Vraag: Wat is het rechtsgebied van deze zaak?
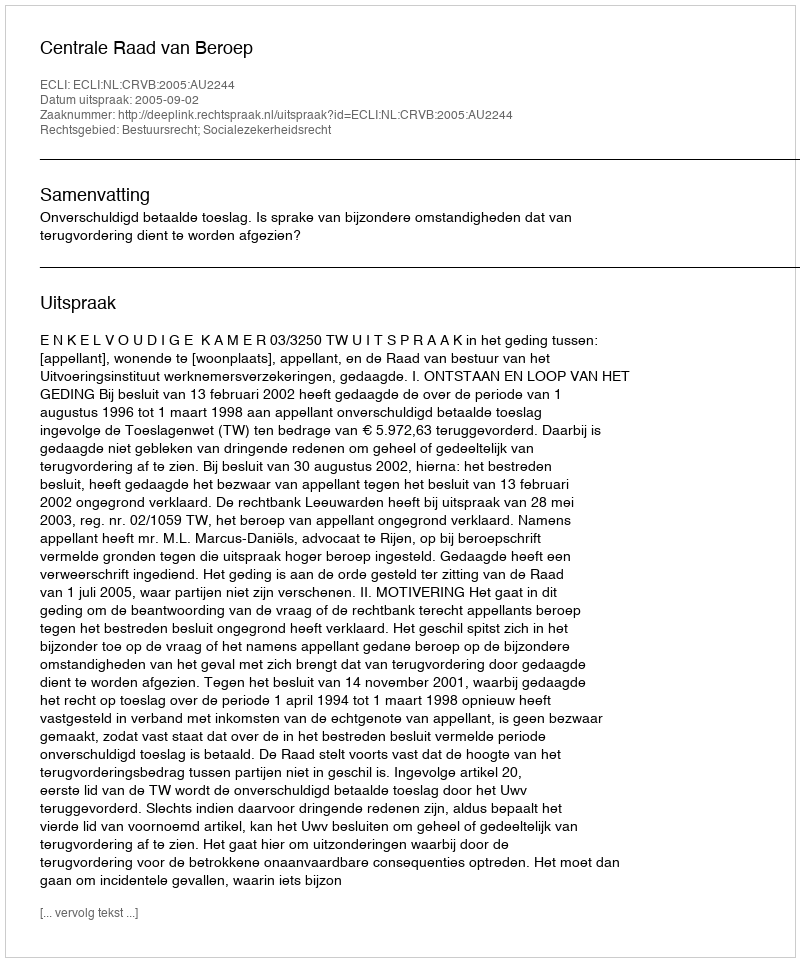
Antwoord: Bestuursrecht; Socialezekerheidsrecht